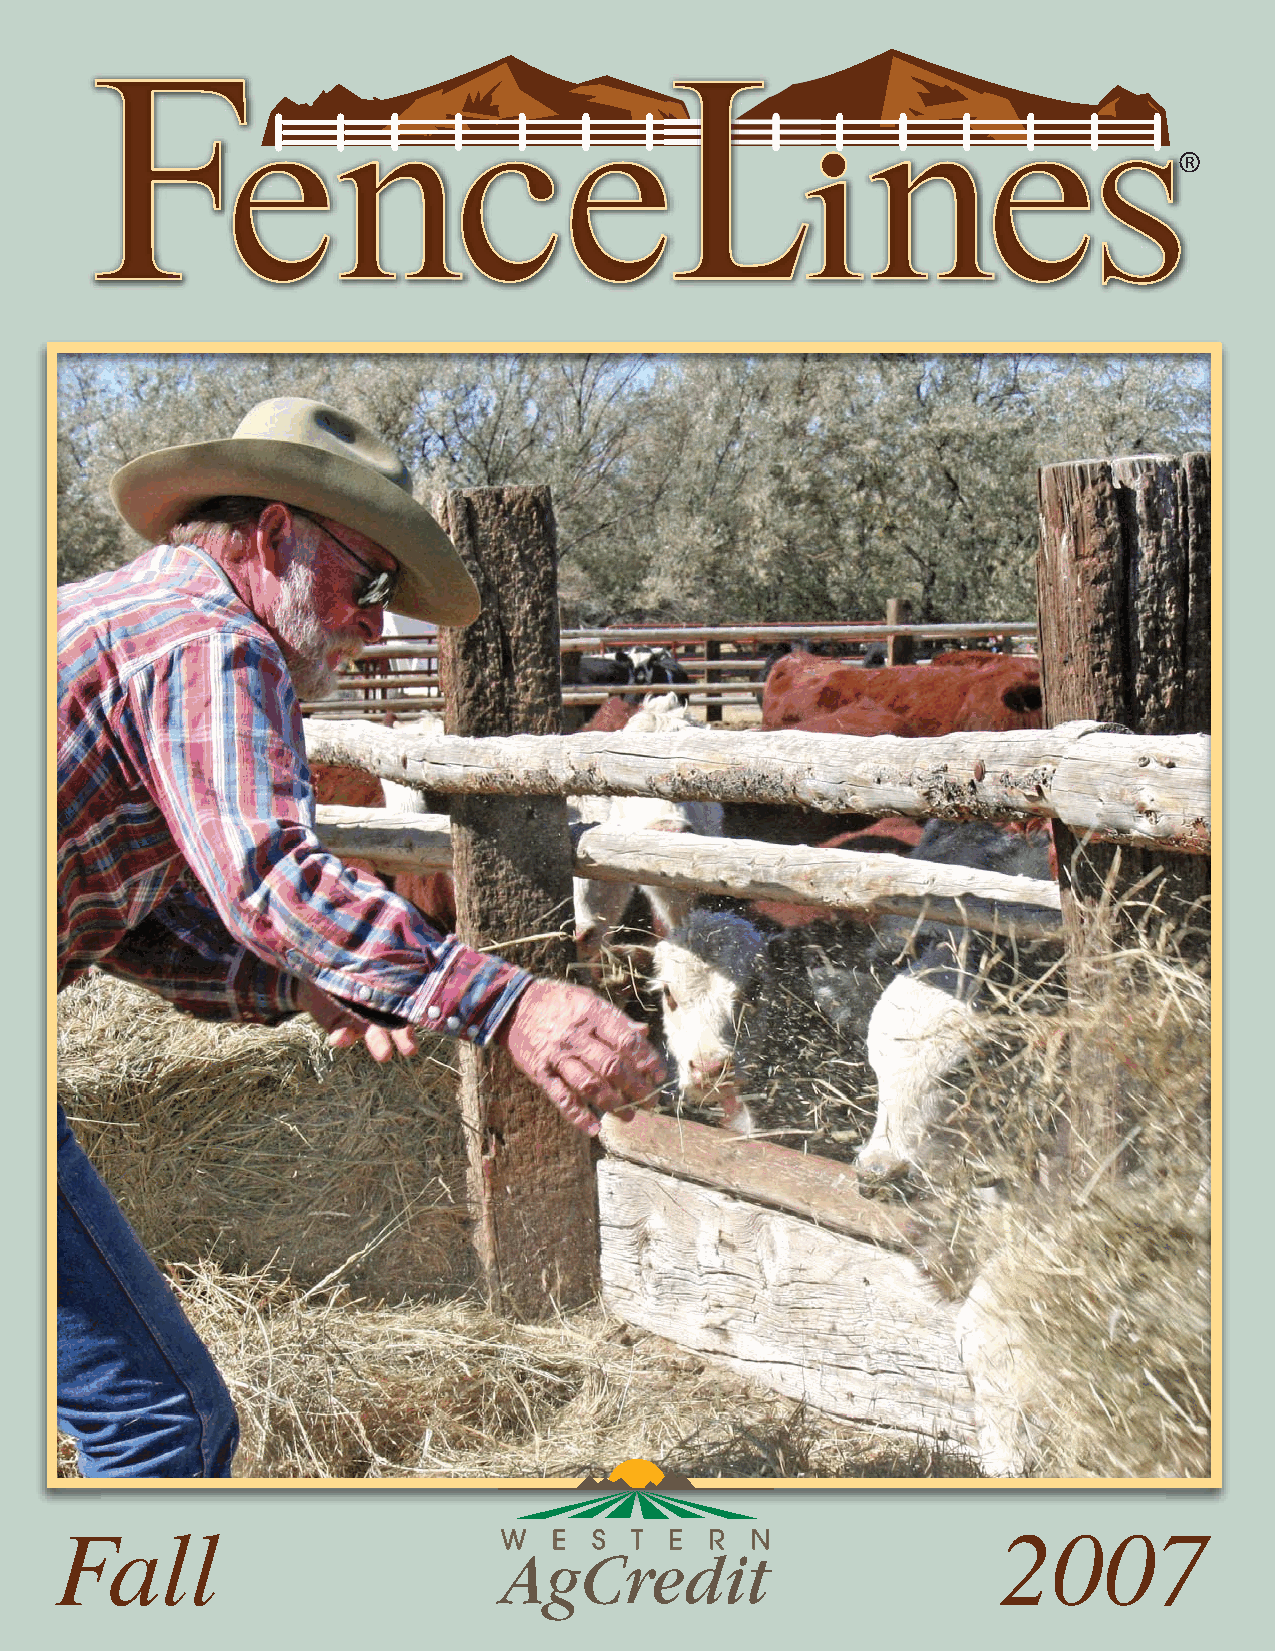
®
 Fall                                                          2007